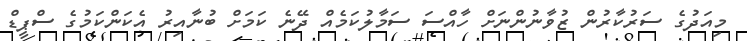
މިއަދުގެ ސަރުކާރުން ޒުވާނުންނަށް ހާއްސަ ސަމާލުކަމެއް ދޭނެ ކަމަށް ބުނާއިރު އެކަންކަމުގެ ސްޕީޑް